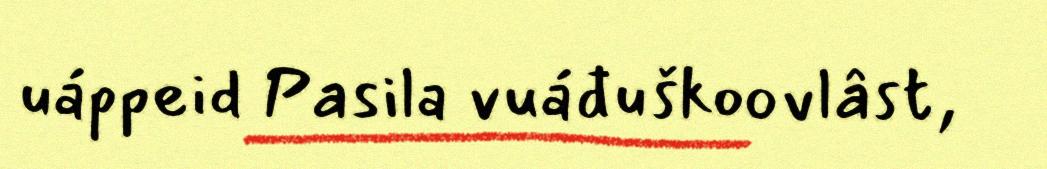
uáppeid Pasila vuáđuškoovlâst,